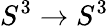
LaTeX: S^{3}\rightarrow S^{3}